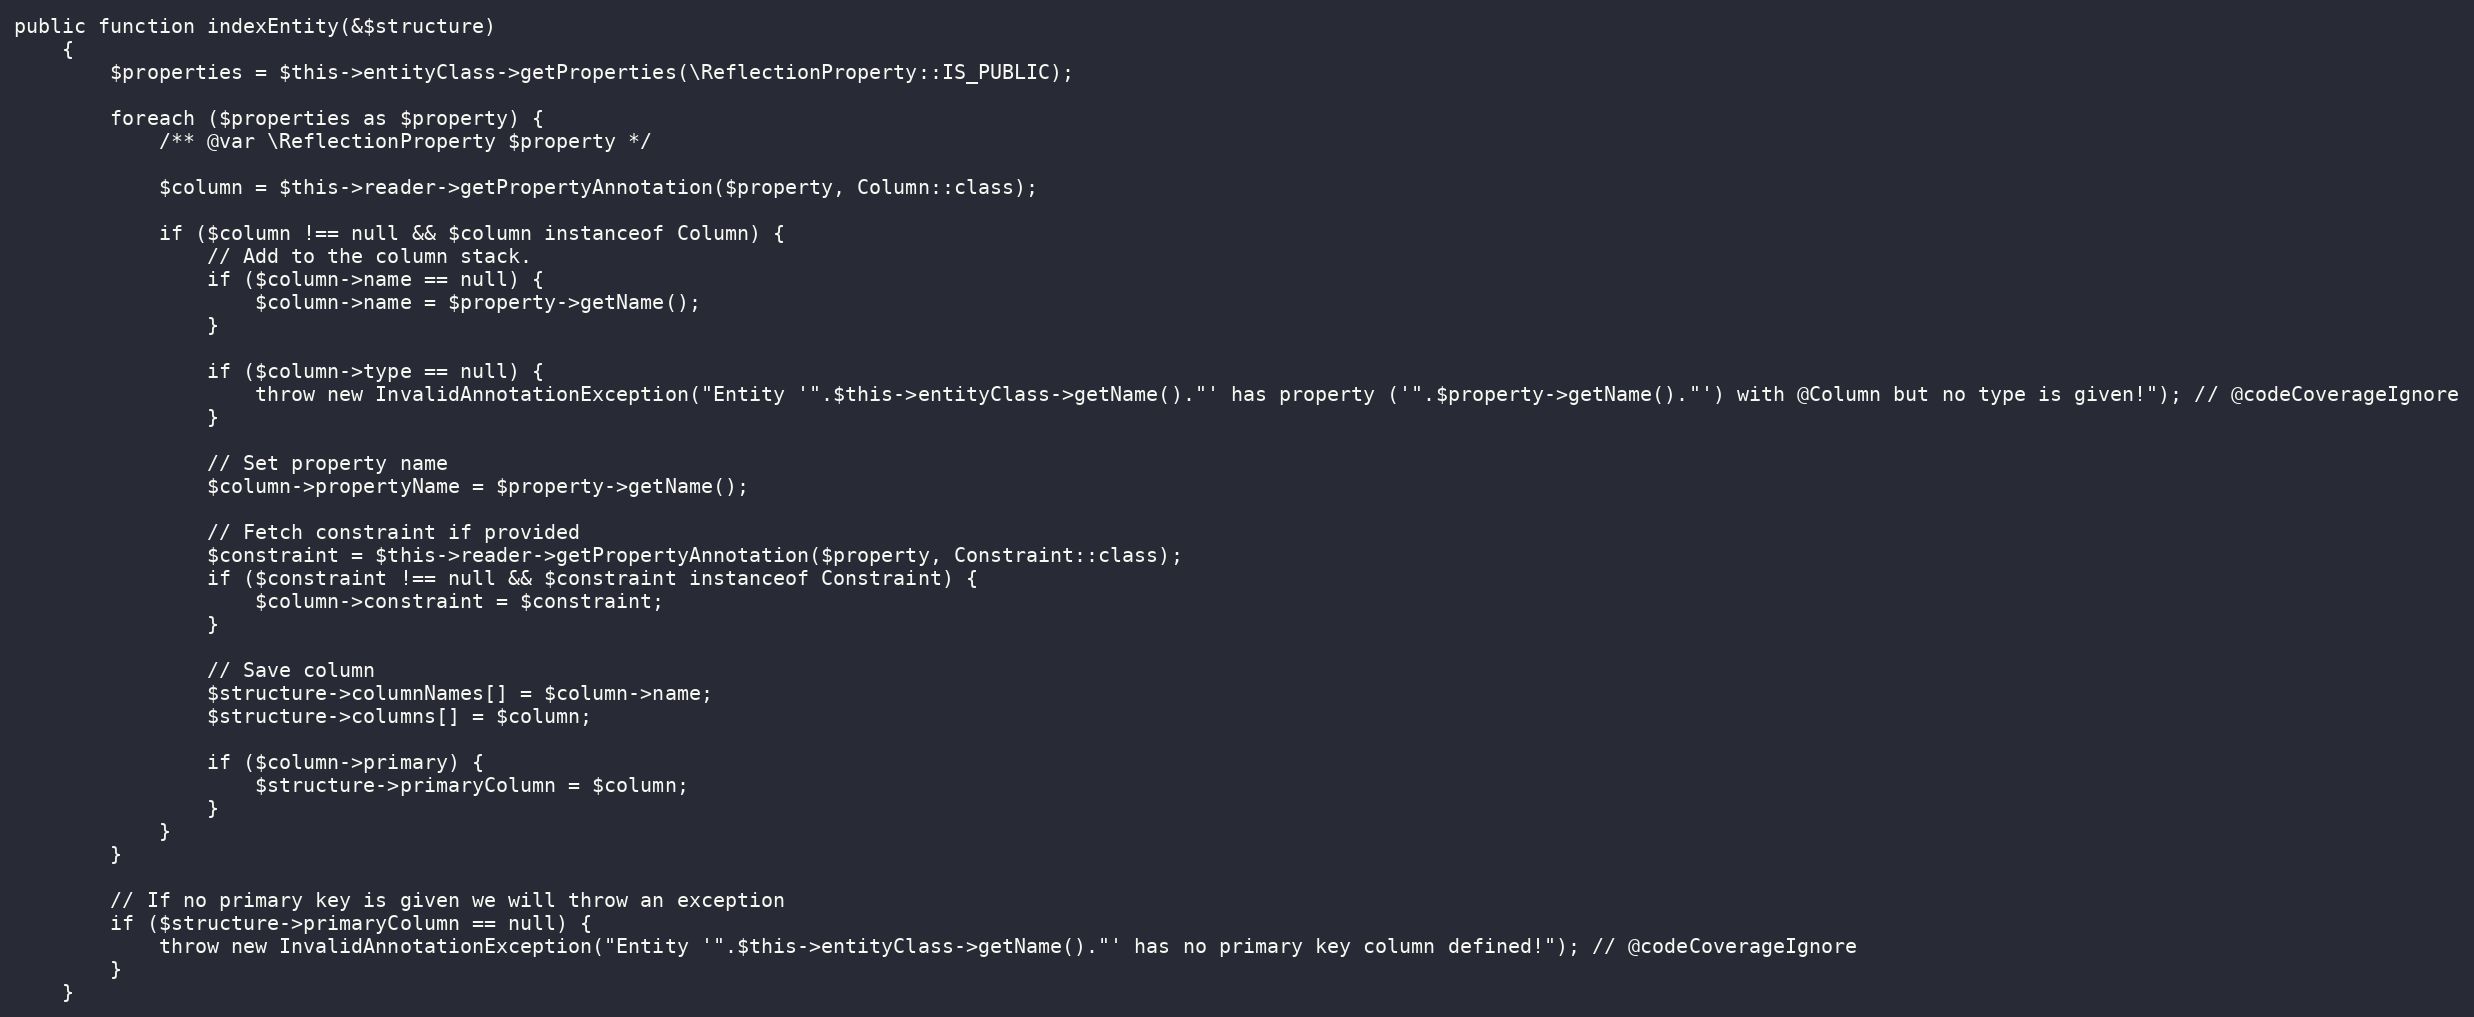
Language: PHP
public function indexEntity(&$structure)
    {
        $properties = $this->entityClass->getProperties(\ReflectionProperty::IS_PUBLIC);

        foreach ($properties as $property) {
            /** @var \ReflectionProperty $property */

            $column = $this->reader->getPropertyAnnotation($property, Column::class);

            if ($column !== null && $column instanceof Column) {
                // Add to the column stack.
                if ($column->name == null) {
                    $column->name = $property->getName();
                }

                if ($column->type == null) {
                    throw new InvalidAnnotationException("Entity '".$this->entityClass->getName()."' has property ('".$property->getName()."') with @Column but no type is given!"); // @codeCoverageIgnore
                }

                // Set property name
                $column->propertyName = $property->getName();

                // Fetch constraint if provided
                $constraint = $this->reader->getPropertyAnnotation($property, Constraint::class);
                if ($constraint !== null && $constraint instanceof Constraint) {
                    $column->constraint = $constraint;
                }

                // Save column
                $structure->columnNames[] = $column->name;
                $structure->columns[] = $column;

                if ($column->primary) {
                    $structure->primaryColumn = $column;
                }
            }
        }

        // If no primary key is given we will throw an exception
        if ($structure->primaryColumn == null) {
            throw new InvalidAnnotationException("Entity '".$this->entityClass->getName()."' has no primary key column defined!"); // @codeCoverageIgnore
        }
    }